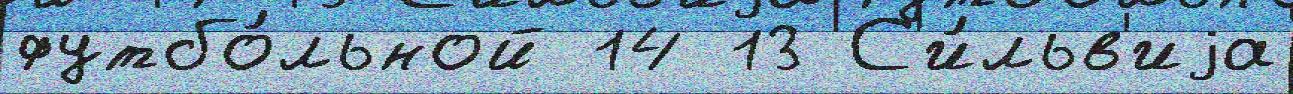
футбо́льной 14 13 С'и́льв'иjа